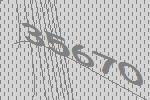
35670